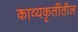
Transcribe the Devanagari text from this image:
काव्यकृतींतील